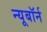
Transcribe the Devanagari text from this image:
न्यूबॉर्न